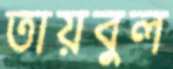
তায়বুল